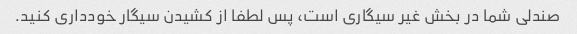
صندلی شما در بخش غیر سیگاری است، پس لطفا از کشیدن سیگار خودداری کنید.